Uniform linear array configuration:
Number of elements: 64
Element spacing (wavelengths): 1
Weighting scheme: hann
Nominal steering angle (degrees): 15
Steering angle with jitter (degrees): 13.861
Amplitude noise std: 0.05
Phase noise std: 0.05

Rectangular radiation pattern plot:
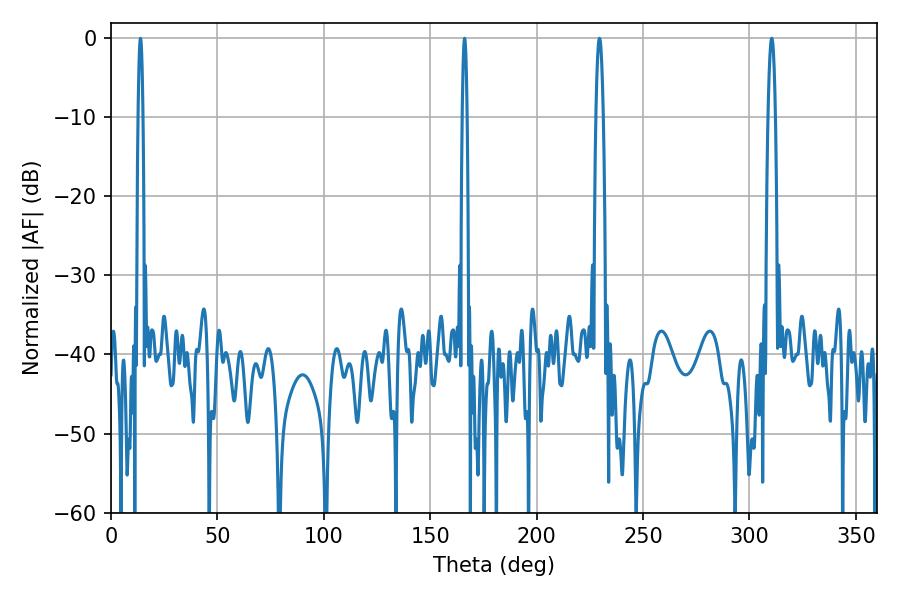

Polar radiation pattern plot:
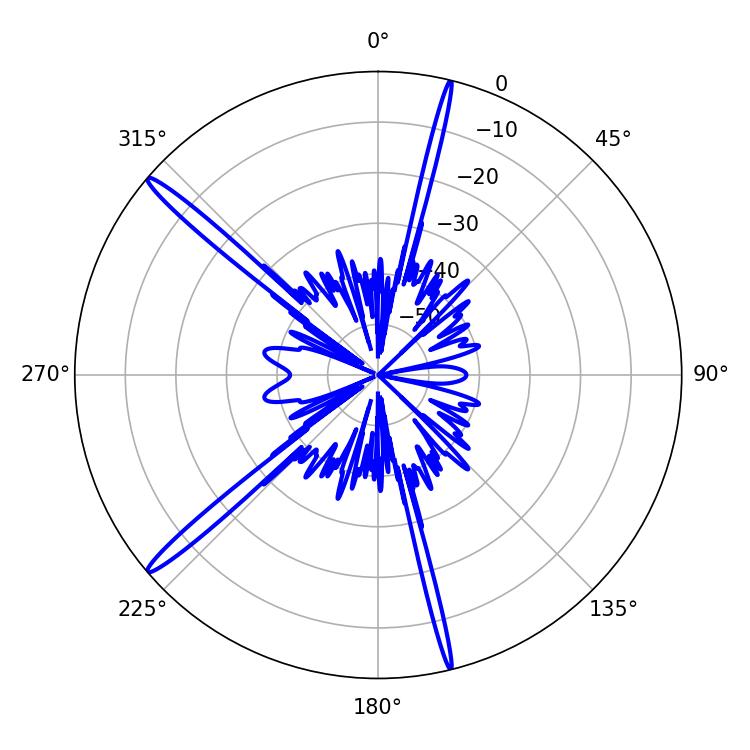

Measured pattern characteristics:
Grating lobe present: TRUE
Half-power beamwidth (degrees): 1.08
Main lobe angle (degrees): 166.14